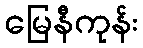
မြေနီကုန်း